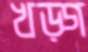
খড়্‌গ